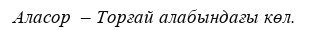
Аласор  – Торғай алабындағы көл.